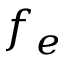
f _ { e }